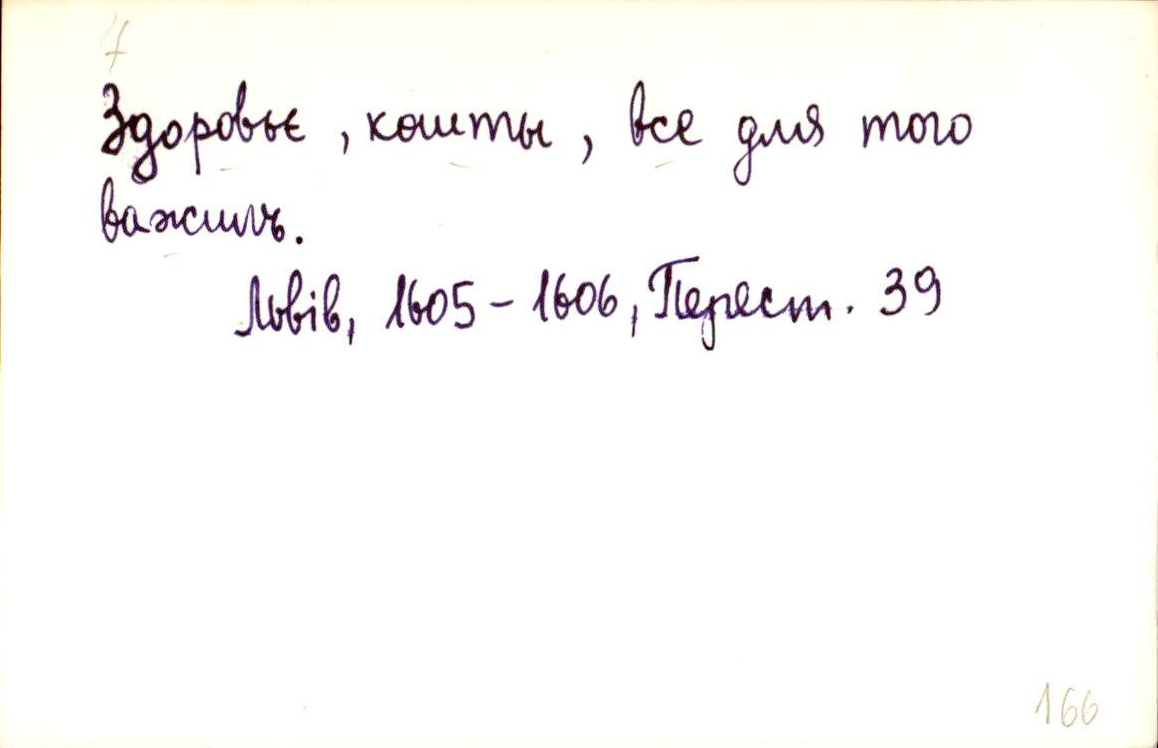
Здоровьє, кошты, все для того
важилъ.
Львів, 1605-1606, Перест. 39